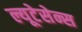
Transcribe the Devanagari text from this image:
ल्यूटेसेन्स